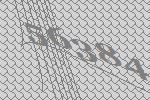
56384